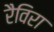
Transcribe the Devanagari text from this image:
रैविरा